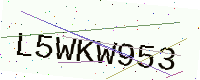
Text: L5WKW953